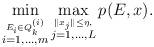
LaTeX: \begin{align*} \min\limits_{\stackrel{E_i \in Q_k^{(i)}}{i=1, \dots, m}} \max\limits_{\stackrel{\|x_j\| \leq \eta,}{j=1, \dots, L} } p(E, x) .\end{align*}